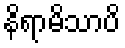
နိရာမိသာပိ